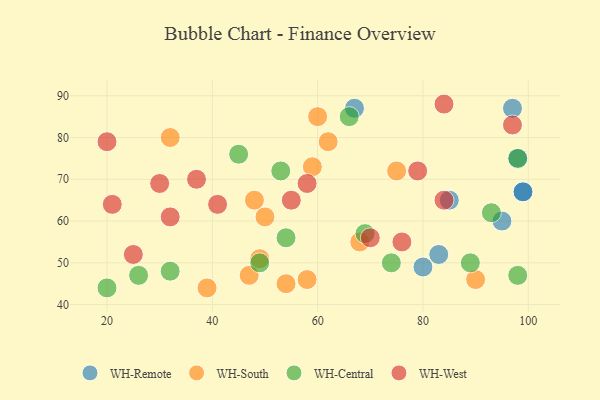
{"axis": {"x": "GDP", "y": "Life Expectancy"}, "legend": ["WH-Central", "WH-Remote", "WH-South", "WH-West"], "data": [{"x": "80", "y": 49, "type": "WH-Remote"}, {"x": "95", "y": 60, "type": "WH-Remote"}, {"x": "97", "y": 87, "type": "WH-Remote"}, {"x": "83", "y": 52, "type": "WH-Remote"}, {"x": "99", "y": 67, "type": "WH-Remote"}, {"x": "99", "y": 67, "type": "WH-Remote"}, {"x": "67", "y": 87, "type": "WH-Remote"}, {"x": "85", "y": 65, "type": "WH-Remote"}, {"x": "98", "y": 75, "type": "WH-Remote"}, {"x": "32", "y": 80, "type": "WH-South"}, {"x": "59", "y": 73, "type": "WH-South"}, {"x": "54", "y": 45, "type": "WH-South"}, {"x": "90", "y": 46, "type": "WH-South"}, {"x": "49", "y": 51, "type": "WH-South"}, {"x": "62", "y": 79, "type": "WH-South"}, {"x": "48", "y": 65, "type": "WH-South"}, {"x": "47", "y": 47, "type": "WH-South"}, {"x": "68", "y": 55, "type": "WH-South"}, {"x": "39", "y": 44, "type": "WH-South"}, {"x": "50", "y": 61, "type": "WH-South"}, {"x": "75", "y": 72, "type": "WH-South"}, {"x": "60", "y": 85, "type": "WH-South"}, {"x": "58", "y": 46, "type": "WH-South"}, {"x": "54", "y": 56, "type": "WH-Central"}, {"x": "66", "y": 85, "type": "WH-Central"}, {"x": "69", "y": 57, "type": "WH-Central"}, {"x": "45", "y": 76, "type": "WH-Central"}, {"x": "98", "y": 75, "type": "WH-Central"}, {"x": "74", "y": 50, "type": "WH-Central"}, {"x": "20", "y": 44, "type": "WH-Central"}, {"x": "93", "y": 62, "type": "WH-Central"}, {"x": "49", "y": 50, "type": "WH-Central"}, {"x": "89", "y": 50, "type": "WH-Central"}, {"x": "53", "y": 72, "type": "WH-Central"}, {"x": "32", "y": 48, "type": "WH-Central"}, {"x": "98", "y": 47, "type": "WH-Central"}, {"x": "26", "y": 47, "type": "WH-Central"}, {"x": "30", "y": 69, "type": "WH-West"}, {"x": "32", "y": 61, "type": "WH-West"}, {"x": "58", "y": 69, "type": "WH-West"}, {"x": "21", "y": 64, "type": "WH-West"}, {"x": "37", "y": 70, "type": "WH-West"}, {"x": "76", "y": 55, "type": "WH-West"}, {"x": "20", "y": 79, "type": "WH-West"}, {"x": "84", "y": 88, "type": "WH-West"}, {"x": "84", "y": 65, "type": "WH-West"}, {"x": "70", "y": 56, "type": "WH-West"}, {"x": "25", "y": 52, "type": "WH-West"}, {"x": "41", "y": 64, "type": "WH-West"}, {"x": "79", "y": 72, "type": "WH-West"}, {"x": "97", "y": 83, "type": "WH-West"}, {"x": "55", "y": 65, "type": "WH-West"}]}